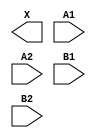
module sky130_fd_sc_lp__o22a (
    X ,
    A1,
    A2,
    B1,
    B2
);

    output X ;
    input  A1;
    input  A2;
    input  B1;
    input  B2;

    // Voltage supply signals
    supply1 VPWR;
    supply0 VGND;
    supply1 VPB ;
    supply0 VNB ;

endmodule